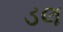
ડલ